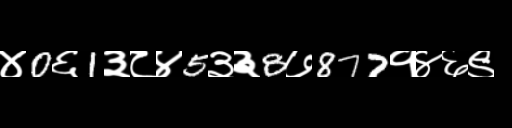
Text: ४0६1३८४5३३8७877१४६९